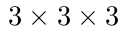
3 \times 3 \times 3